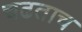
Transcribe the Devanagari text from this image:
चढताच